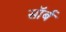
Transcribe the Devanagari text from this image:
सॉर्ब